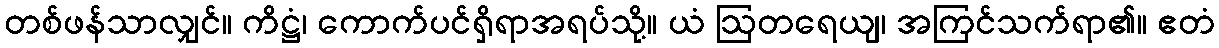
တစ်ဖန်သာလျှင်။ ကိဋ္ဌံ၊ ကောက်ပင်ရှိရာအရပ်သို့။ ယံ ဩတရေယျ၊ အကြင်သက်ရာ၏။ ဧတံ